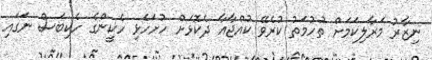
ނިޒާރު މަރާލިކަމަށް ތުހުމަތު ކުރެވޭ ކުއްޖާއާ ދެކޮޅަށް ހުށަހެޅި ހެކީންގެ ހެކިބަސް ނަގައި